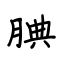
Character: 腆